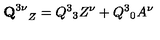
{ { \bf Q } ^ { 3 \nu } } _ { Z } = Q ^ { 3 } { } _ { 3 } Z ^ { \nu } + Q ^ { 3 } { } _ { 0 } A ^ { \nu }